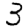
Digit: 3